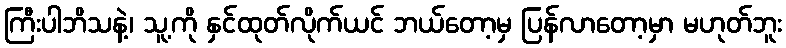
ကြီးပါဘိသနဲ့၊ သူ့ကို နှင်ထုတ်လိုက်ယင် ဘယ်တော့မှ ပြန်လာတော့မှာ မဟုတ်ဘူး